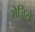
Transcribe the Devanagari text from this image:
भेजिये